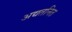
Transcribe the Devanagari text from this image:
अद्यतनित